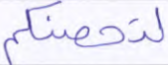
لتحصنكم